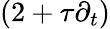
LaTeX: \left(2+\tau\partial_{t}\right)